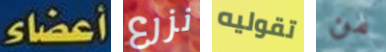
أعضاء نزرع تقوليه من